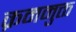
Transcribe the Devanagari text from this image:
क्रममुक्त